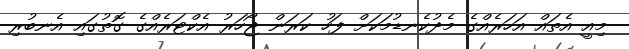
މިއީ އެތައް އަހަރެއްގެ މެދުކެނޑުމަކަށް ފަހު ކަރަން ޖޯހަރު އެކްޓަރެއްގެ ގޮތުގައި އެނބުރި